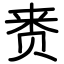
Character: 赉